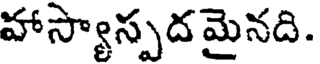
హాస్యాస్పదమైనది.